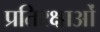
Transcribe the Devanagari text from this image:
प्रतिरक्षाओं